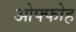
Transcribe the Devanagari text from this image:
ओफ्फोह